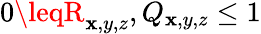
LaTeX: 0\leqR_{\mathbf{x},y,z},Q_{\mathbf{x},y,z}\leq1